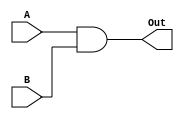
`timescale 1ns / 1ps

module ANDGate(A, B, Out);

input A, B;
output reg Out;

always @(*) begin

    Out <= A & B;

end

endmodule